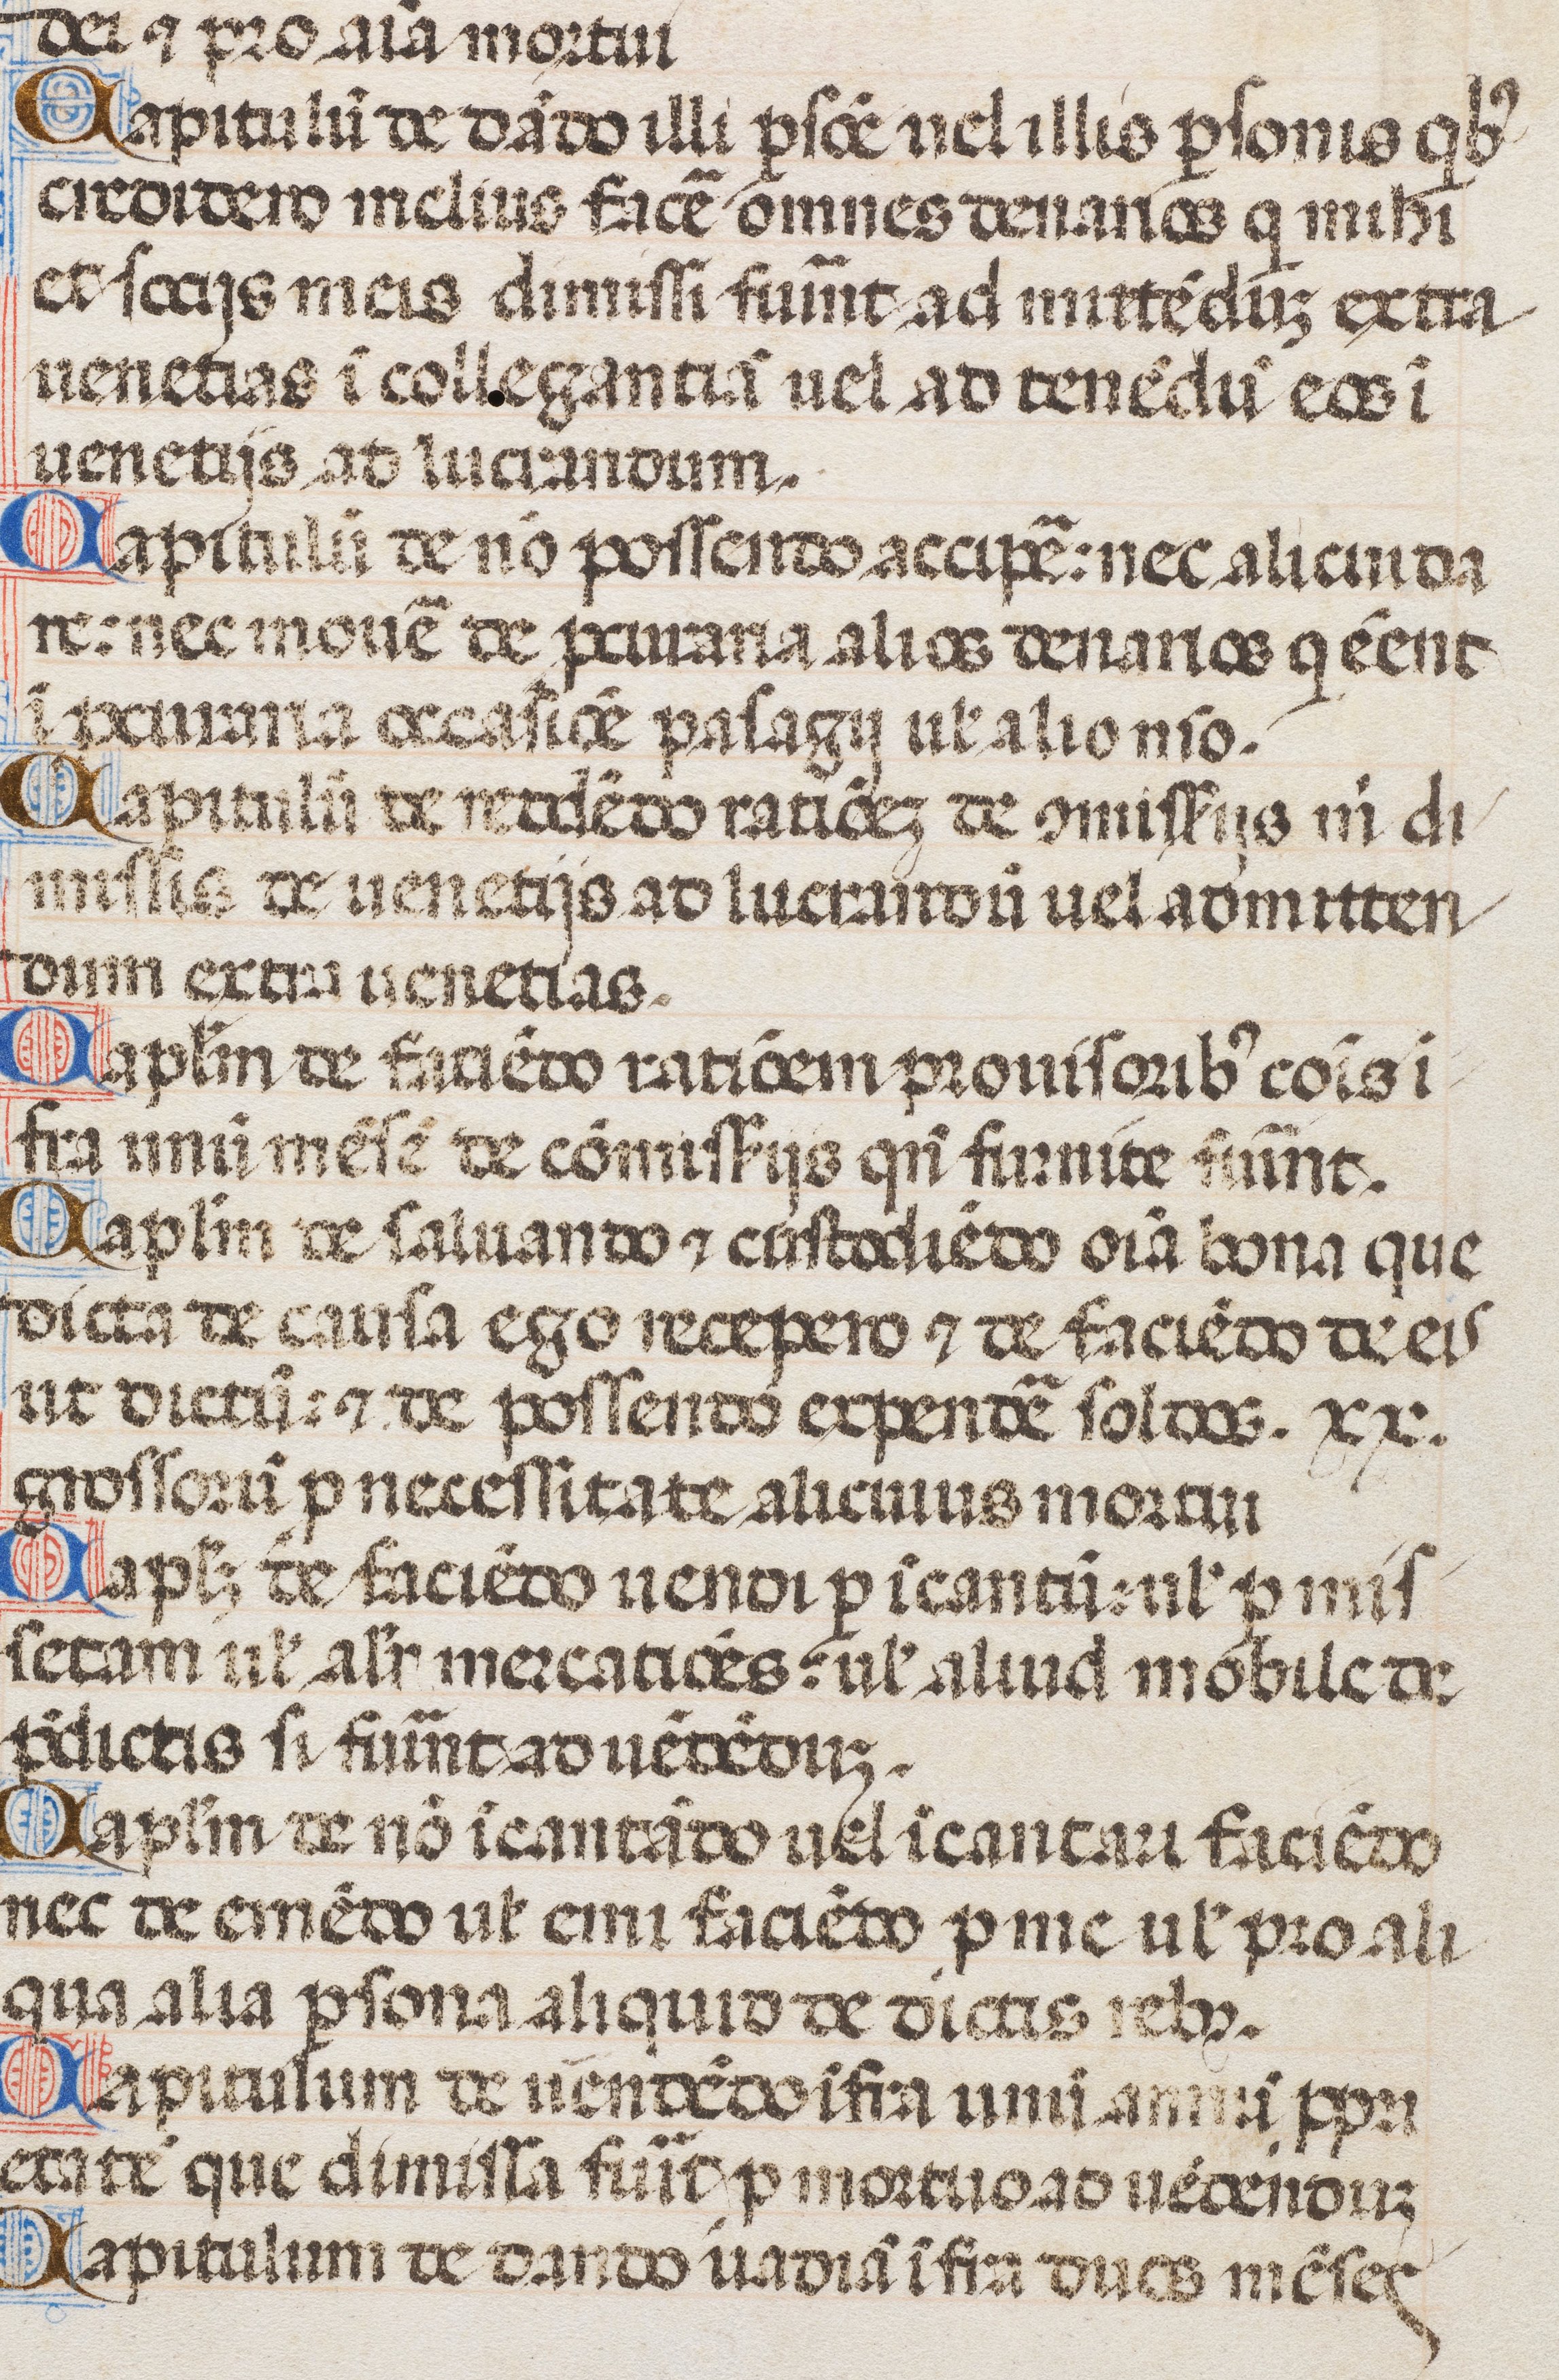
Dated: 1476–1506